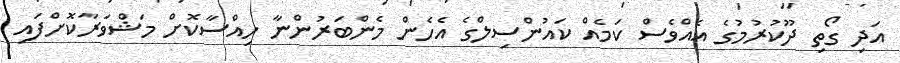
އަދި ގޯތި ދޫކުރުމުގެ އެއްވެސް ކަމެއް ކައުންސިލްގެ އެހެން މެންބަރުންނާ ހިއްސާކޮށް މަޝްވަރާކޮށްފައި